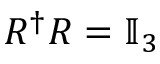
R ^ { \dag } R = \mathbb { I } _ { 3 }